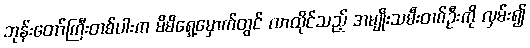
ဘုန်းတော်ကြီးတစ်ပါးက မိမိရှေ့မှောက်တွင် လာထိုင်သည့် အမျိုးသမီးတစ်ဦးကို လှမ်း၍